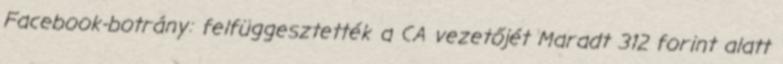
Facebook-botrány: felfüggesztették a CA vezetőjét Maradt 312 forint alatt